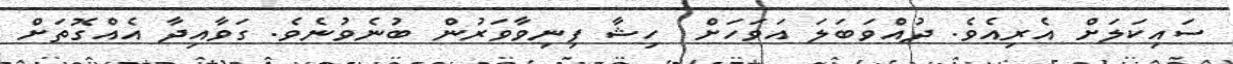
ސައިކަލަށް އެރިއެވެ. ދުއްވަބަލަ އަވަަހަށް  ހިޝާ ފިނިވާވަރުން ބުނެވުނެވެ. ގަވާއިދާ އެއްގޮތަށް